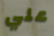
علي